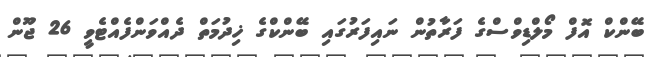
ބޭންކް އޮފް މޯލްޑިވްސްގެ ފަރާތުން ނައިފަރުގައި ބޭންކްގެ ޚިދުމަތް ދެއްވަންފެއްޓެވީ 26 ޖޫން